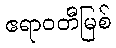
ဧရာဝတီမြစ်